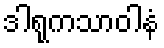
ဒါရုကသာဝါနံ